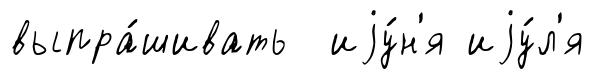
выпра́шивать иjу́н'я иjу́л'я